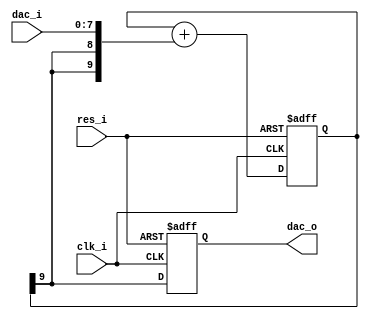
//-------------------------------------------------------------------------------
//
// Delta-Sigma DAC
//
// Refer to Xilinx Application Note XAPP154
//
// This DAC requires an external RC low-pass filter:
//
//   dac_o 0---XXXXX---+---0 analog audio
//              3k3    |
//                    === 4n7
//                     |
//                    GND
//
//-------------------------------------------------------------------------------

module ds_dac(
	      input 	  clk_i,
	      input 	  res_i,
	      input [7:0] dac_i,
	      output reg  dac_o
	      );

   parameter msbi_g = 7;

   reg [msbi_g+2:0] sig_in;
   
   always @(posedge clk_i or posedge res_i)
     if (res_i)
       begin
	  sig_in <= 1 << msbi_g+1;
	  dac_o  <= 1'b0;
       end
     else
       begin
	  sig_in <= sig_in + { sig_in[msbi_g+2], sig_in[msbi_g+2], dac_i };
	  dac_o  <= sig_in[msbi_g+2];
       end

endmodule // DAC